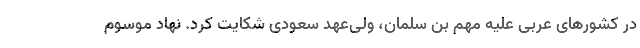
در کشورهای عربی علیه مهم بن سلمان، ولی‌عهد سعودی شکایت کرد. نهاد موسوم